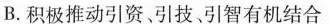
B.积极推动引资引技引智有机结合